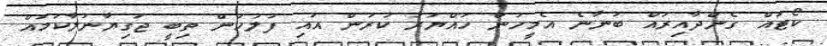
ކޯޓައް ގެންދާއިރައް ބުނާނެ އެމީހުން ހައްޔަރު ކުރަން އައި ފުލުހުން ތިބީ ޖަގިޔާނުލާކަމައް